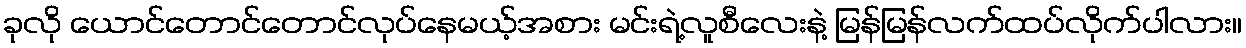
ခုလို ယောင်တောင်တောင်လုပ်နေမယ့်အစား မင်းရဲ့လူစီလေးနဲ့ မြန်မြန်လက်ထပ်လိုက်ပါလား။